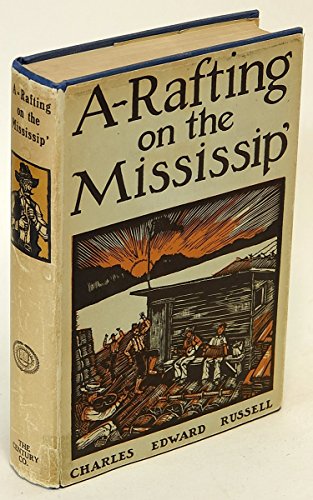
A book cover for A-rafting on the Mississip'; Charles Edward Russell; Sports & Outdoors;